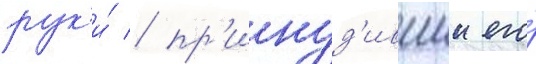
рук'и́ / пр'инуд'ившии его́